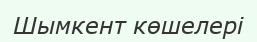
Шымкент көшелері